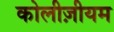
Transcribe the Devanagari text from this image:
कोलीज़ीयम